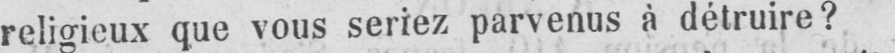
religieux que vous seriez parvenus à détruire?